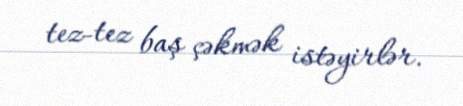
tez-tez baş çəkmək istəyirlər.